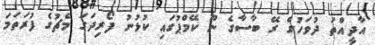
އާދީއްތަ ދުވަހުގެ ރޭ ބާސާގެ ނޫ ކޭމްޕުގައި ކުޅުނު ފޯރިދަގަ މެޗުގެ ފުރަތަމަ